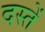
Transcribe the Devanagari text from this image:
दस्तें